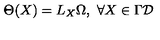
\Theta ( X ) = { L _ { X } } \Omega , \ \forall X \in \Gamma { \cal D }